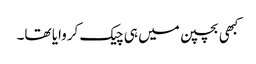
کبھی بچپن میں ہی چیک کروایا تھا۔